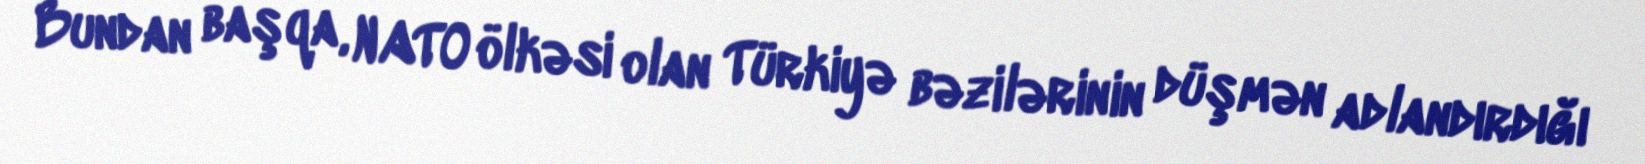
Bundan başqa, NATO ölkəsi olan Türkiyə bəzilərinin düşmən adlandırdığı